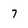
Character: 7